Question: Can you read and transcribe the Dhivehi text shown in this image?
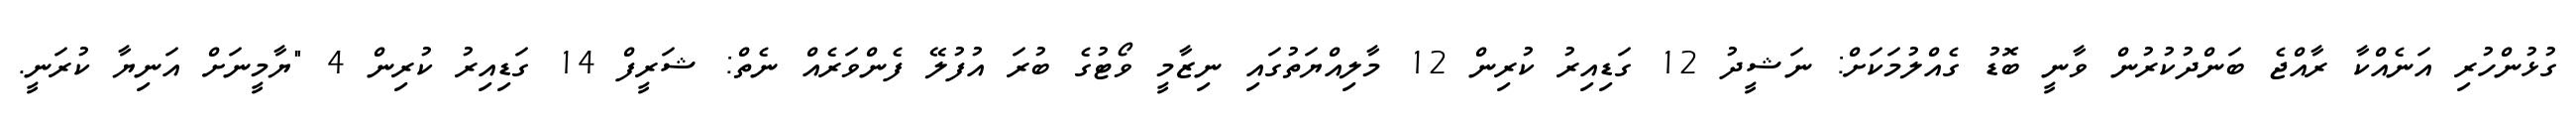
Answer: ގުޅުންހުރި އަނެއްކާ ރާއްޖެ ބަންދުކުރުން ވާނީ ބޮޑު ގެއްލުމަކަށް: ނަޝީދު 12 ގަޑިއިރު ކުރިން 12 މާލިއްޔަތުގައި ނިޒާމީ ވޯޓުގެ ބުރަ އުފުލޭ ފެންވަރެއް ނެތް: ޝަރީފް 14 ގަޑިއިރު ކުރިން 4 "ޔާމީނަށް އަނިޔާ ކުރަނީ.